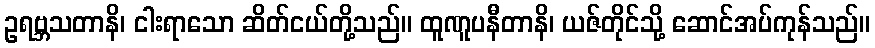
ဥရဗ္ဘသတာနိ၊ ငါးရာသော ဆိတ်ငယ်တို့သည်။ ထူဏူပနီတာနိ၊ ယဇ်တိုင်သို့ ဆောင်အပ်ကုန်သည်။